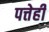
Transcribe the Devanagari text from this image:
पत्तेही